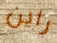
راين